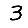
Digit: 3